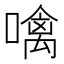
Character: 噙